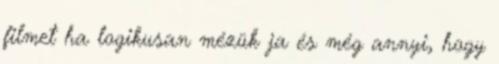
filmet ha logikusan mézük ja és még annyi, hogy